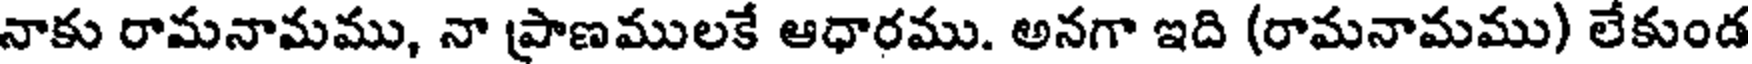
నాకు రామనామము, నా ప్రాణములకే ఆధారము. అనగా ఇది (రామనామము) లేకుండ